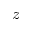
z